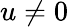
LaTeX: u\neq 0